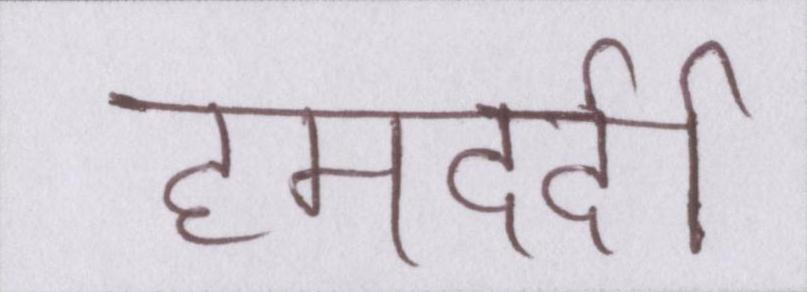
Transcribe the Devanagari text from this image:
हमदर्दी